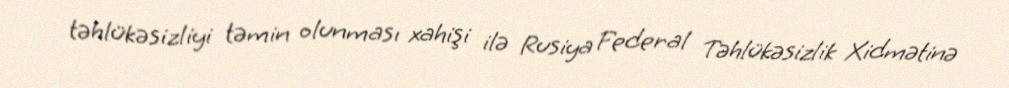
təhlükəsizliyi təmin olunması xahişi ilə Rusiya Federal Təhlükəsizlik Xidmətinə